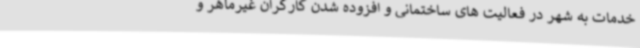
خدمات به شهر در فعالیت های ساختمانی و افزوده شدن کارگران غیرماهر و